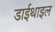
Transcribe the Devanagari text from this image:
डाईथाइल